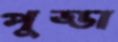
পুড্ডা